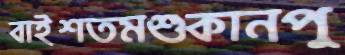
বাইশতমশুকানপু